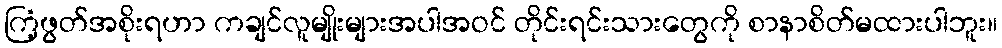
ကြံ့ဖွတ်အစိုးရဟာ ကချင်လူမျိုးများအပါအဝင် တိုင်းရင်းသားတွေကို စာနာစိတ်မထားပါဘူး။